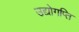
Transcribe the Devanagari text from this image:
उद्योगप्ति